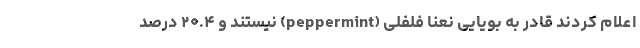
اعلام کردند قادر به بویایی نعنا فلفلی (peppermint) نیستند و ۲۰.۴ درصد